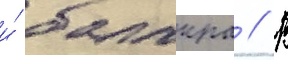
и́ балакра // В